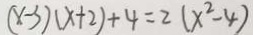
( x - 3 ) ( x + 2 ) + 4 = 2 ( x ^ { 2 } - 4 )